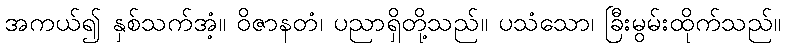
အကယ်၍ နှစ်သက်အံ့။ ဝိဇာနတံ၊ ပညာရှိတို့သည်။ ပသံသော၊ ခြီးမွမ်းထိုက်သည်။